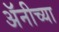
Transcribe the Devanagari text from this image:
अॅनीच्या